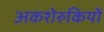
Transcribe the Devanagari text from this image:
अकशेरुकियों